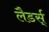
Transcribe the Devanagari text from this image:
लैडर्स्